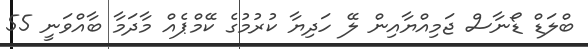
ބްލަޑް ޑޯނާސް ޖަމިއްޔާއިން ލޭ ހަދިޔާ ކުރުމުގެ ކޭމްޕެއް މާދަމާ ބާއްވަނީ 55